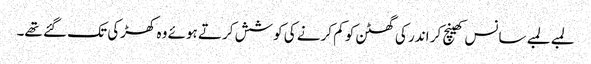
لمبے لمبے سانس کھینچ کر اندر کی گھٹن کو کم کرنے کی کوشش کرتے ہوئے وہ کھڑکی تک گئے تھے۔